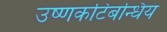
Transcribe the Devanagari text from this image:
उष्णकटिबन्धिय